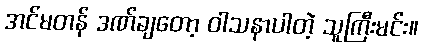
အင်မတန် ဒဏ်ချတော့ ဝါသနာပါတဲ့ သူကြီးမင်း။